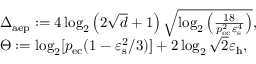
\begin{array} { r l } & { \Delta _ { \mathrm { a e p } } : = 4 \log _ { 2 } \left( 2 \sqrt { d } + 1 \right) \sqrt { \log _ { 2 } \left( \frac { 1 8 } { p _ { \mathrm { e c } } ^ { 2 } \varepsilon _ { \mathrm { s } } ^ { 4 } } \right) } , } \\ & { \Theta : = \log _ { 2 } [ p _ { \mathrm { e c } } ( 1 - \varepsilon _ { \mathrm { s } } ^ { 2 } / 3 ) ] + 2 \log _ { 2 } \sqrt { 2 } \varepsilon _ { \mathrm { h } } , } \end{array}